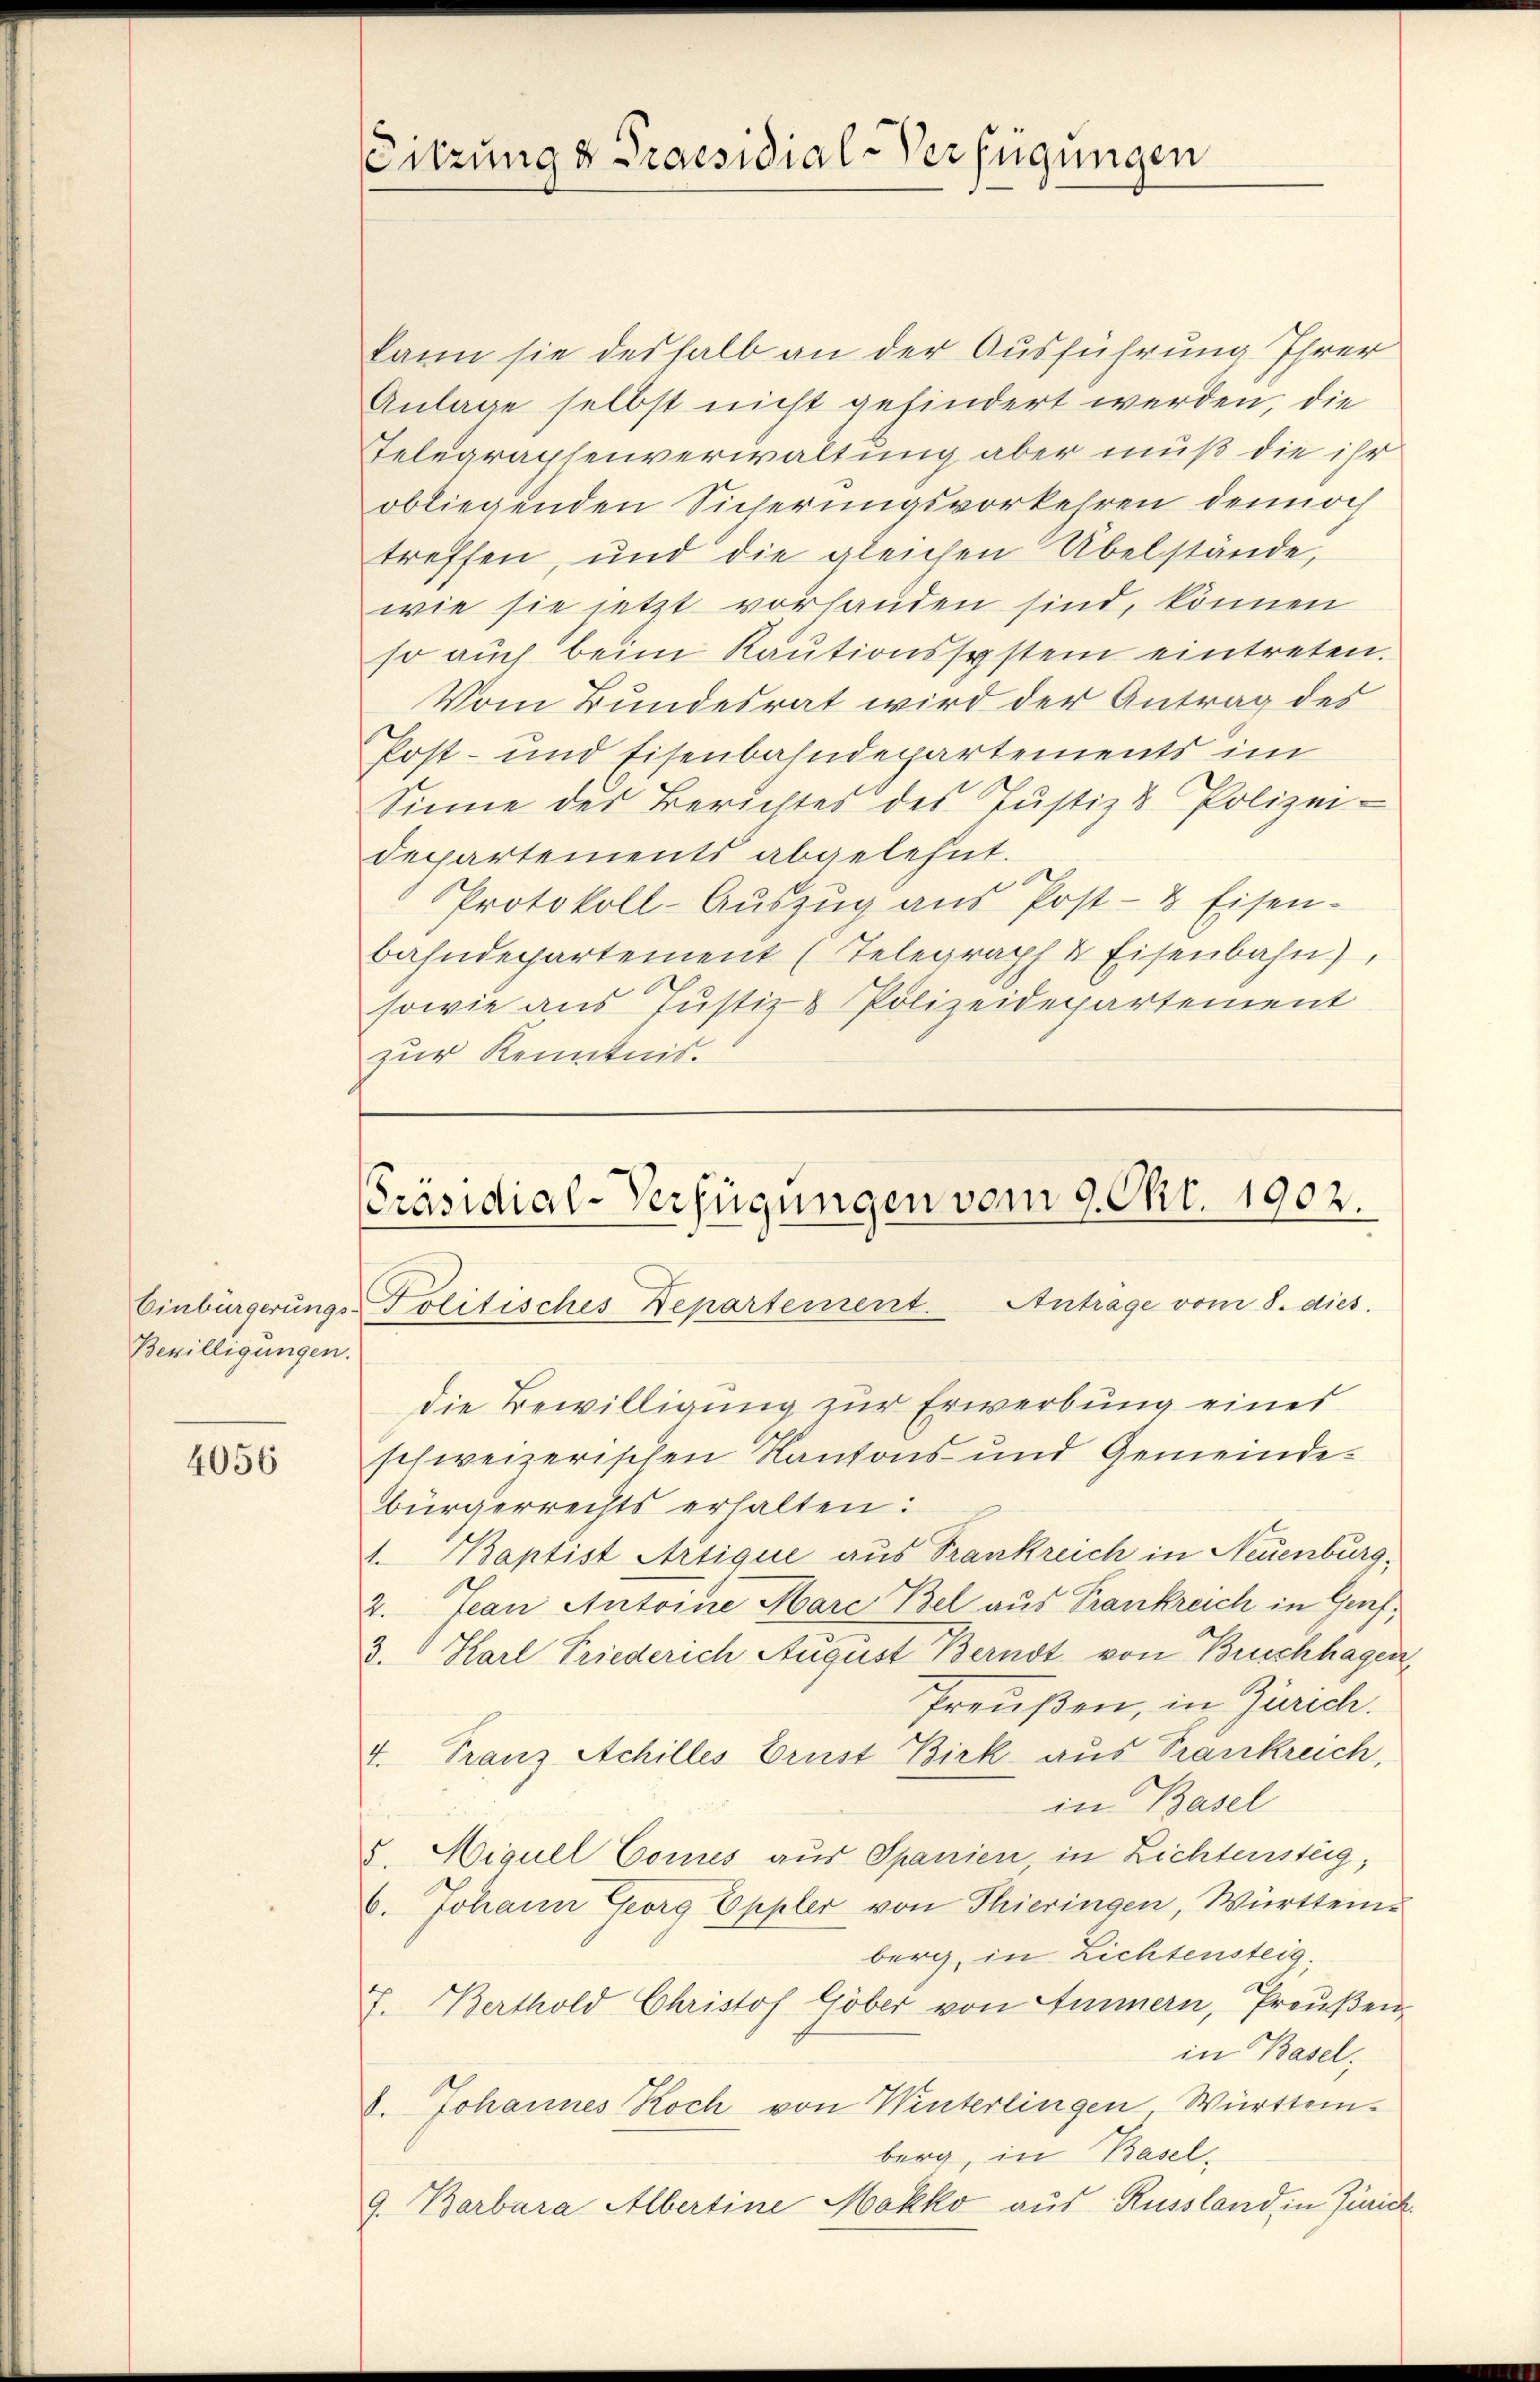
Bewilligungen.

4056

Sitzung & Praesidial-Verfügungen

kann sie deshalb an der Ausführung Ihrer
Anlage selbst nicht gehindert werden, die
Telegraphenverwaltung aber muß die ihr
obliegenden Sicherungsvorkehren dennoch
treffen, und die gleichen Übelstände,
wie sie jetzt vorhanden sind, können
so auch beim Kautionssystem eintreten.
Vom Bundesrat wird der Antrag des
Post- und Eisenbahndepartements im
Sinne des Berichtes des Jŭstiz & Polizei-
departements abgelehnt.
Protokoll-Aŭszŭg aŭs Post- & Eisen-
bahndepartement (Telegraph & Eisenbahn),
sowie aus Justiz & Polizeidepartement
zur Kenntnis.

Präsidial-Verfügungen vom 9. Okt. 1902.
Einbürgerungs-Politisches Departement. Anträge vom 8. dies

die Bewilligung zur Erwerbung eines
schweizerischen Kantons- und Gemeindebürgerrechts erhalten:
1. Baptist Artique aus Trankreich in Neuenburg,
2. Jean Antoine Mare Bel aus Frankreich in Genf,
3.  Karl Friederich August Bernst von Buschhagen,
Preußen, in Zürich.
4. Franz Achilles Brust Birk aus Trankreich,
in Basel
5. Migull Comes aus Spanien, in Lichtensteig,
6. Johann Georg Eppler von Thieringen, Württemberg, in Lichtensteig.
J. Berthold Christof Göber von Ammern, Preußen
in Basel,
8. Johannes Koch von Winterlingen Württem.
berg, in Basel-
9. Barbara Albertine Mokko aus Russland in Zinick